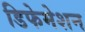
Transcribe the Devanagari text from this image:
डिफेमेशन